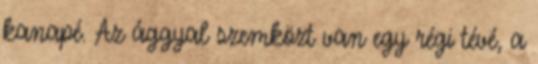
kanapé. Az ággyal szemközt van egy régi tévé, a